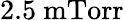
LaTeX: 2.5~\mathrm{mTorr}